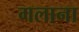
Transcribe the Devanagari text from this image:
गलाना